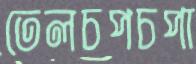
তেলচপচপা